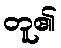
တူ၏